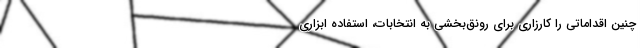
چنین اقداماتی را کارزاری برای رونق‌بخشی به انتخابات، استفاده ابزاری